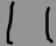
1 1